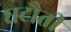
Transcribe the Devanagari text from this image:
घटौती